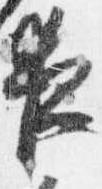
夜